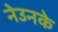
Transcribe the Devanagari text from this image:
नेउनके